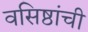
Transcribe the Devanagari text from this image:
वसिष्ठांची